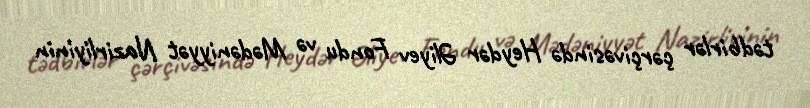
tədbirlər çərçivəsində Heydər Əliyev Fondu və Mədəniyyət Nazirliyinin